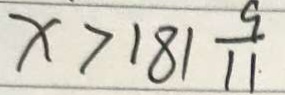
x > 1 8 1 \frac { 9 } { 1 1 }